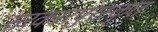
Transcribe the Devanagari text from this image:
सरकारपुरस्कृत